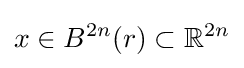
x\in B^{2n}(r)\subset \mathbb {R} ^{2n}